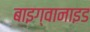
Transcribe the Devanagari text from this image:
बाइग्वानाइड